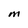
Character: M